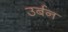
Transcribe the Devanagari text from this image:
उर्बन